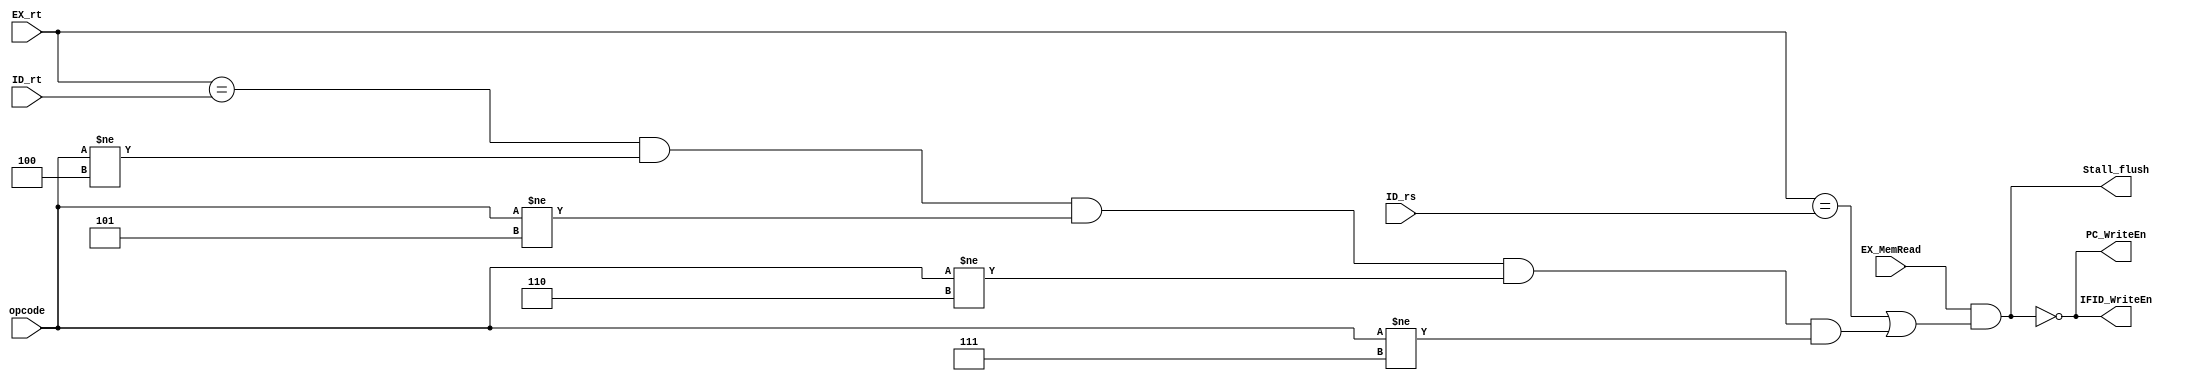
module StallUnit(EX_MemRead, EX_rt, ID_rs, ID_rt, opcode, PC_WriteEn, IFID_WriteEn, Stall_flush);
	input EX_MemRead;
	input [1:0]EX_rt;
	input [1:0]ID_rs;
	input [1:0]ID_rt;
	input [3:0] opcode;
	output PC_WriteEn;
	output IFID_WriteEn;
	output Stall_flush;

	// ORI LHI ADI LWD use rt but don't read rt. opcode == 4,5,6,7
	assign Stall_flush = (EX_MemRead && (EX_rt == ID_rs || (EX_rt == ID_rt && opcode != 4'b0100 && opcode != 4'b0101 && opcode != 4'b0110 && opcode != 4'b0111)));
	assign PC_WriteEn = ~Stall_flush;
	assign IFID_WriteEn = ~Stall_flush;
endmodule